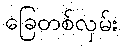
ခြေတစ်လှမ်း